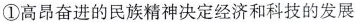
①高昂奋进的民族精神决定经济和科技的发展